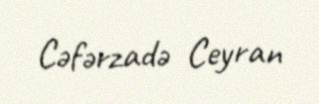
Cəfərzadə Ceyran